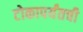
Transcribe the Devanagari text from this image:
टोकापर्यंतची